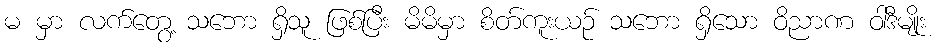
မ မှာ လက်တွေ့ သဘော ရှိသူ ဖြစ်ပြီး မိမိမှာ စိတ်ကူးယဉ် သဘော ရှိသော ဝိညာဏ ဝါဒီမျိုး